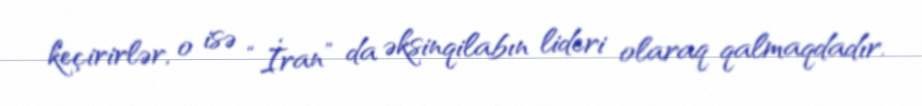
keçirirlər, o isə “İran” da əksinqilabın lideri olaraq qalmaqdadır.